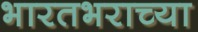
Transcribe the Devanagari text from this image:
भारतभराच्‍या